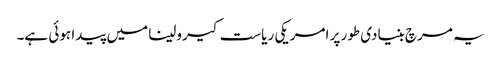
یہ مرچ بنیادی طور پر امریکی ریاست کیرولینا میں پیدا ہوئی ہے۔